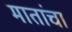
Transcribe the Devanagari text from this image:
मातांचा